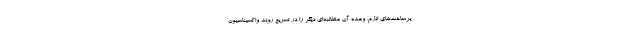
یرساخت‌های لازم، وعده آن مطالبه‌ای دیگر را در تسریع روند واکسیناسیون